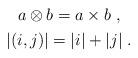
LaTeX: \begin{align*}\begin{gathered}a\otimes b=a\times b\;,\\|(i,j)|=|i|+|j|\;.\end{gathered}\end{align*}